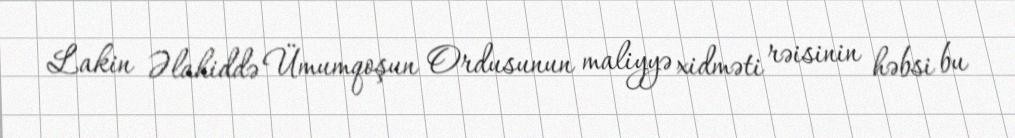
Lakin Əlahiddə Ümumqoşun Ordusunun maliyyə xidməti rəisinin həbsi bu